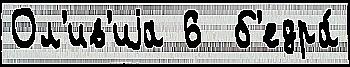
Ол'ив'иjа 6  б'едра́